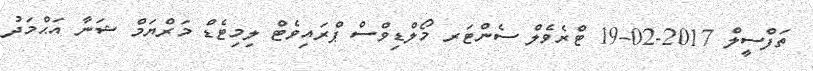
ތަފްސީލް 2017-02-19 ޓްރެވެލް ސެންޓަރ މޯލްޑިވްސް ޕްރައިވެޓް ލިމިޓެޑް މަރްޔަމް ޝަނާ އަޙްމަދު